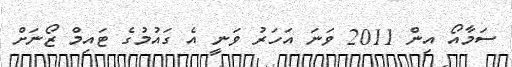
ސަމާއޯ އިން 2011 ވަނަ އަހަރު ވަނީ އެ ގައުމުގެ ޓައިމް ޒޯނަށް